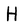
Character: H